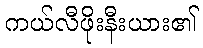
ကယ်လီဖိုးနီးယား၏